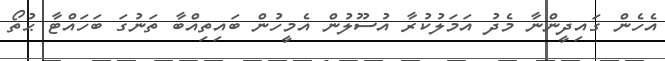
އެހެން ގައިދީންނާ މެދު އަމަލުކުރާ އުސޫލުން އެމީހުން ބައިތިއްބާ ތަނުގަ ބަހައްޓާ ޙުތޯ